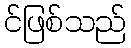
င်ဖြစ်သည်